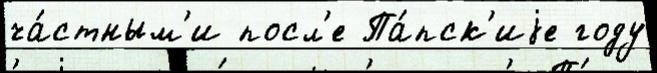
ча́стным'и посл'е Па́пск'иjе году